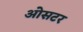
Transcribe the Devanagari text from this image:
ओसटर